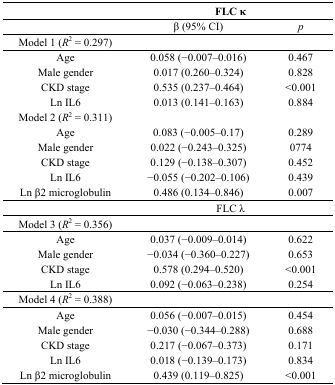
<table><thead><tr><td></td><td colspan="2"><b>FLC κ</b></td></tr></thead><tbody><tr><td></td><td>β (95% CI)</td><td><i>p</i></td></tr><tr><td>Model 1 (<i>R</i><sup>2</sup> = 0.297)</td><td></td><td></td></tr><tr><td>Age</td><td>0.058 (−0.007–0.016)</td><td>0.467</td></tr><tr><td>Male gender</td><td>0.017 (0.260–0.324)</td><td>0.828</td></tr><tr><td>CKD stage</td><td>0.535 (0.237–0.464)</td><td>&lt;0.001</td></tr><tr><td>Ln IL6</td><td>0.013 (0.141–0.163)</td><td>0.884</td></tr><tr><td>Model 2 (<i>R</i><sup>2</sup> = 0.311)</td><td></td><td></td></tr><tr><td>Age</td><td>0.083 (−0.005–0.17)</td><td>0.289</td></tr><tr><td>Male gender</td><td>0.022 (−0.243–0.325)</td><td>0774</td></tr><tr><td>CKD stage</td><td>0.129 (−0.138–0.307)</td><td>0.452</td></tr><tr><td>Ln IL6</td><td>−0.055 (−0.202–0.106)</td><td>0.439</td></tr><tr><td>Ln β2 microglobulin</td><td>0.486 (0.134–0.846)</td><td>0.007</td></tr><tr><td></td><td colspan="2">FLC λ</td></tr><tr><td>Model 3 (<i>R</i><sup>2</sup> = 0.356)</td><td></td><td></td></tr><tr><td>Age</td><td>0.037 (−0.009–0.014)</td><td>0.622</td></tr><tr><td>Male gender</td><td>−0.034 (−0.360–0.227)</td><td>0.653</td></tr><tr><td>CKD stage</td><td>0.578 (0.294–0.520)</td><td>&lt;0.001</td></tr><tr><td>Ln IL6</td><td>0.092 (−0.063–0.238)</td><td>0.254</td></tr><tr><td>Model 4 (<i>R</i><sup>2</sup> = 0.388)</td><td></td><td></td></tr><tr><td>Age</td><td>0.056 (−0.007–0.015)</td><td>0.454</td></tr><tr><td>Male gender</td><td>−0.030 (−0.344–0.288)</td><td>0.688</td></tr><tr><td>CKD stage</td><td>0.217 (−0.067–0.373)</td><td>0.171</td></tr><tr><td>Ln IL6</td><td>0.018 (−0.139–0.173)</td><td>0.834</td></tr><tr><td>Ln β2 microglobulin</td><td>0.439 (0.119–0.825)</td><td>&lt;0.001</td></tr></tbody></table>